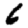
Digit: 6